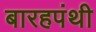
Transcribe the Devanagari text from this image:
बारहपंथी